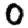
Digit: 0